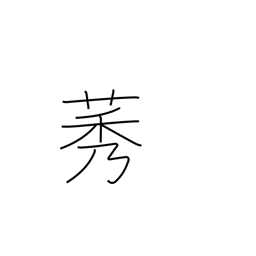
Meaning: type of weed which resembles rice